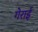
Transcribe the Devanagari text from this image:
गेराई